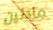
مادلين